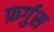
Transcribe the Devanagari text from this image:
फ़र्गुस